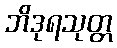
ဘိဒုရသုတ္တ